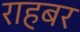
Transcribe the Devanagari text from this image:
राहबर